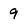
Character: 9